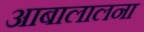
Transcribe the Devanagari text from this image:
आबालालना